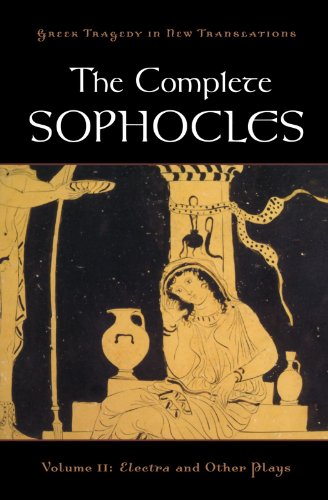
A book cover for The Complete Sophocles: Volume II: Electra and Other Plays (Greek Tragedy in New Translations); Sophocles; Literature & Fiction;